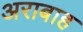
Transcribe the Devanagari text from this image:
अराबाह